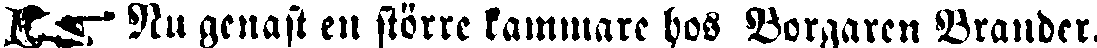
☛ Nu genast en större kammare hos Borgaren Brander.